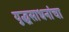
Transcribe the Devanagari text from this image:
युद्धसाधनांचा